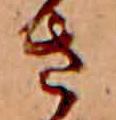
さ